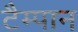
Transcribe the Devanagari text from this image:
टैम्पान